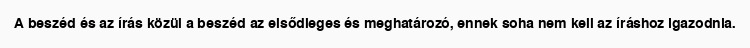
A beszéd és az írás közül a beszéd az elsődleges és meghatározó, ennek soha nem kell az íráshoz igazodnia.